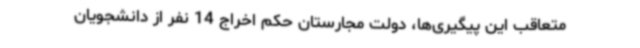
متعاقب این پیگیری‌ها، دولت مجارستان حکم اخراج 14 نفر از دانشجویان